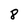
Character: 8